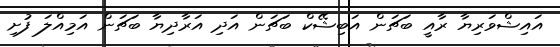
އައިޝްވަރިޔާ ރާއީ ބަޗަން އަބިޝޭކް ބަޗަން އަދި އަރާދިޔާ ބަޗަން އަމިއްލަ ފުށި